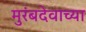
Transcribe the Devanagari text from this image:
मुरंबदेवाच्या